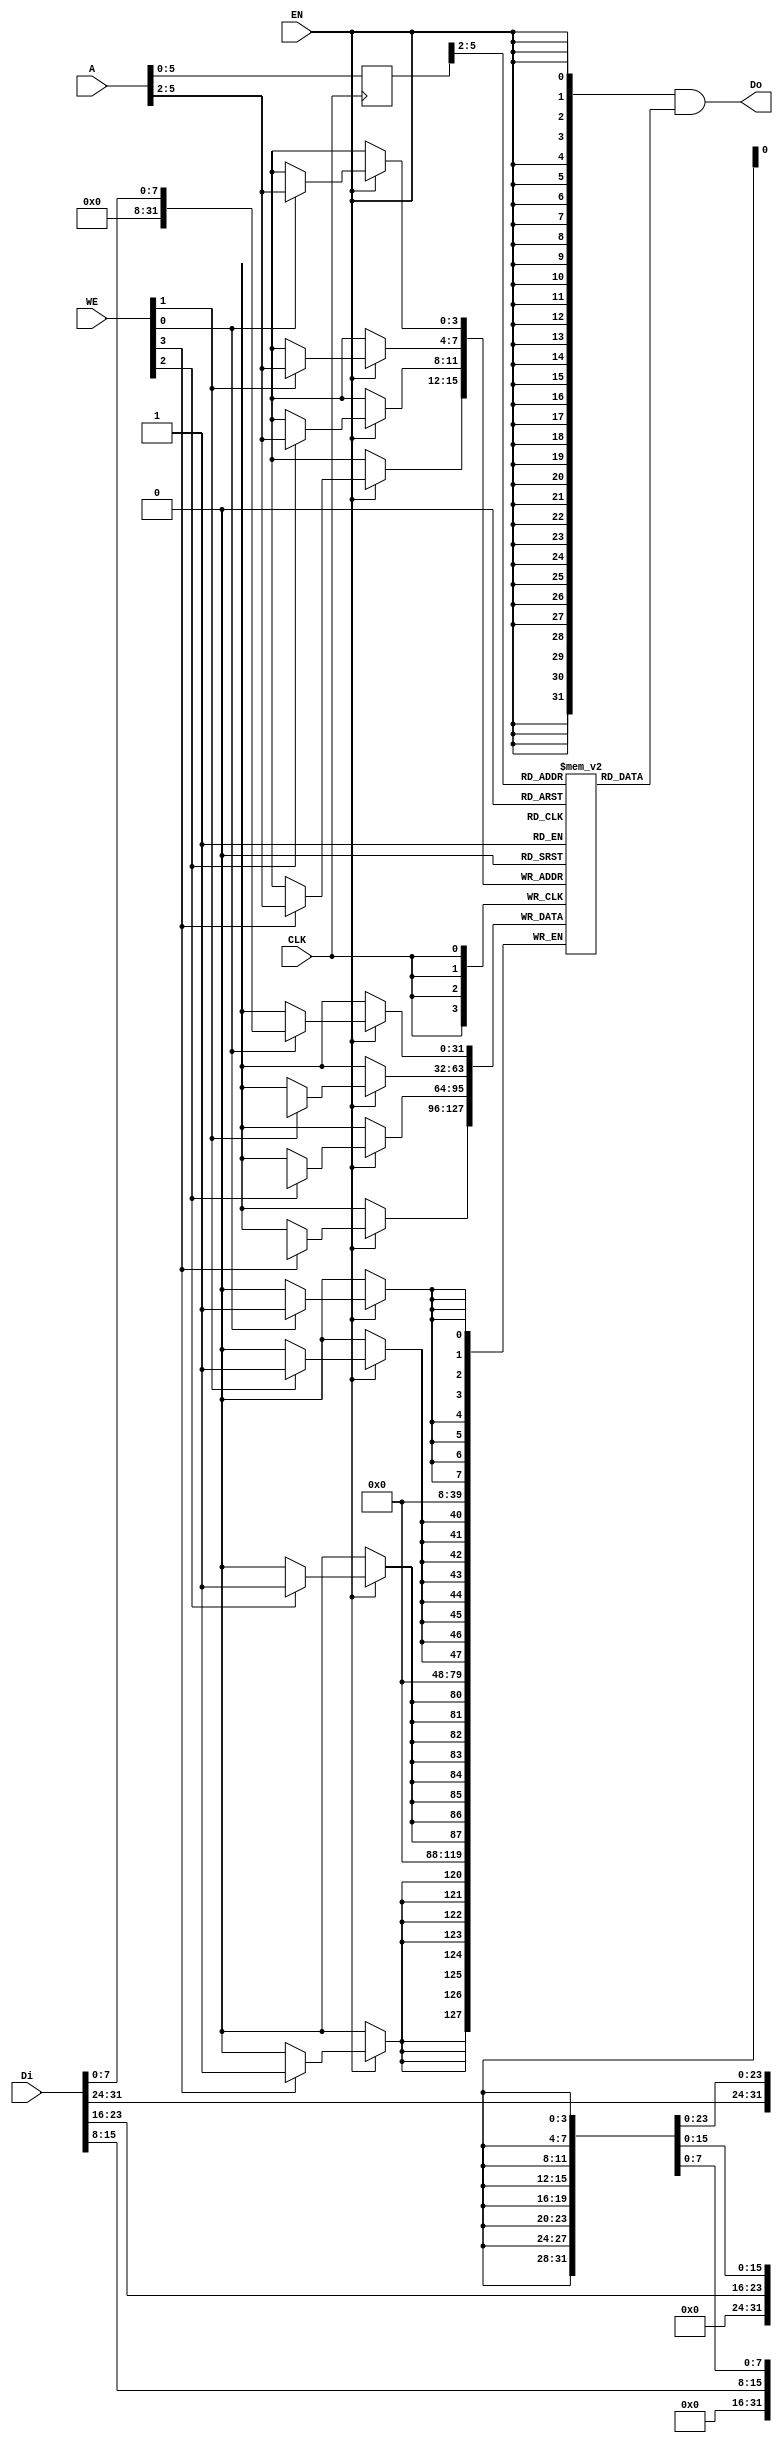
// module bram11 (clk, we, re, waddr, raddr, wdi, rdo);
//     parameter ADDR_WIDTH = 12;
//     parameter SIZE = 11;
//     parameter BIT_WIDTH = 32;
//     input                          clk;
//     input                          we, re;
//     input [ADDR_WIDTH-1:0]         waddr, raddr;
//     input [BIT_WIDTH-1:0]          wdi;
//     output reg [BIT_WIDTH-1:0]     rdo;
//     reg [BIT_WIDTH-1:0] RAM [SIZE-1:0];
    
//     always @(posedge clk)begin
//         if(re) rdo <= RAM[raddr];
//     end
    
//     always @(posedge clk)begin
//         if(we) RAM[waddr] <= wdi;
//     end
    
// endmodule

module bram11 
(
    CLK,
    WE,
    EN,
    Di,
    Do,
    A
);

    input   wire            CLK;
    input   wire    [3:0]   WE;
    input   wire            EN;
    input   wire    [31:0]  Di;
    output  wire     [31:0]  Do;
    input   wire    [11:0]   A; 

    //  11 words
	reg [31:0] RAM[0:10];
    reg [11:0] r_A;

    always @(posedge CLK) begin
        r_A <= A;
    end

    assign Do = {32{EN}} & RAM[r_A>>2];    // read

    reg [31:0] Temp_D;
    always @(posedge CLK) begin
        if(EN) begin
	    if(WE[0]) RAM[A>>2][7:0] <= Di[7:0];
            if(WE[1]) RAM[A>>2][15:8] <= Di[15:8];
            if(WE[2]) RAM[A>>2][23:16] <= Di[23:16];
            if(WE[3]) RAM[A>>2][31:24] <= Di[31:24];
        end
    end

endmodule